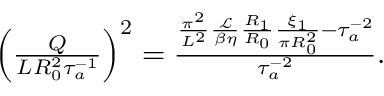
\begin{array} { r } { \left( \frac { Q } { L R _ { 0 } ^ { 2 } \tau _ { a } ^ { - 1 } } \right) ^ { 2 } = \frac { \frac { \pi ^ { 2 } } { L ^ { 2 } } \frac { \mathcal { L } } { \beta \eta } \frac { R _ { 1 } } { R _ { 0 } } \frac { \xi _ { 1 } } { \pi R _ { 0 } ^ { 2 } } - \tau _ { a } ^ { - 2 } } { \tau _ { a } ^ { - 2 } } . } \end{array}